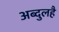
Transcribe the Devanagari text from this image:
अब्दुलहै